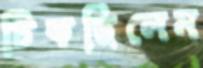
টিকছিলেম